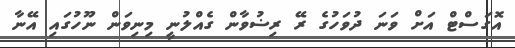
އޮގަސްޓް އަށް ވަނަ ދުވަހުގެ ރޭ ރިޟުވާން ގެއްލުނީ މިނިވަން ނޫހުގައި އޭނާ